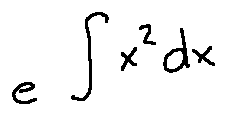
e ^ { \int x ^ { 2 } d x }